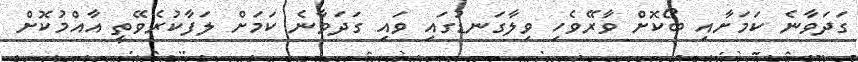
ގަދަވާނެ ކަމަށާއި ބޯކޮށް ވާރޭވެހި ވިލާގަނޑުގައި ވައި ގަދަވާނެ ކަމަށް ލަފާކުރެވޭތީ އާއްމުކޮށް